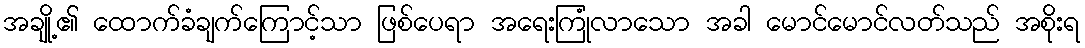
အချို့၏ ထောက်ခံချက်ကြောင့်သာ ဖြစ်ပေရာ အရေးကြုံလာသော အခါ မောင်မောင်လတ်သည် အစိုးရ